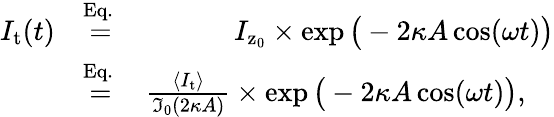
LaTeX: \begin{array}{rlr}{I_{\mathrm{t}}(t)}&{\stackrel{\mathrm{Eq.~}}{=}}&{I_{\mathrm{z}_{0}}\times\exp\big(-2\kappa A\cos(\omega t)\big)}\\ &{\stackrel{\mathrm{Eq.~}}{=}}&{\frac{\langle I_{\mathrm{t}}\rangle}{\mathfrak{I}_{0}(2\kappa A)}\times\exp\big(-2\kappa A\cos(\omega t)\big),\quad}\end{array}